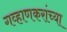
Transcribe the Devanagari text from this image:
गव्हाणकरांच्या